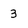
Character: 3